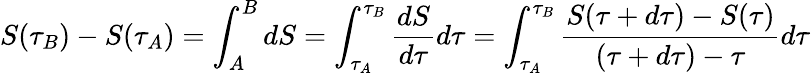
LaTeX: S(\tau_{B})-S(\tau_{A})=\int_{A}^{B}dS=\int_{\tau_{A}}^{\tau_{B}}{\frac{dS}{d\tau}}d\tau=\int_{\tau_{A}}^{\tau_{B}}{\frac{S(\tau+d\tau)-S(\tau)}{(\tau+d\tau)-\tau}}d\tau